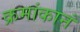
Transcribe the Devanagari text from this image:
क्रमांकानं